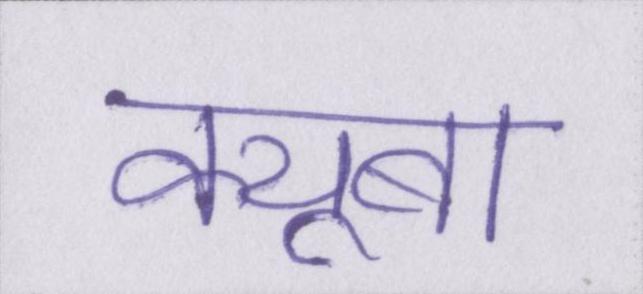
क्यूबा